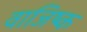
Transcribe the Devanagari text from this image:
वाजिष्क